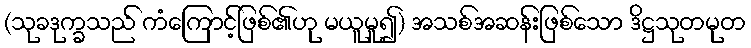
(သုခဒုက္ခသည် ကံကြောင့်ဖြစ်၏ဟု မယူမူ၍) အသစ်အဆန်းဖြစ်သော ဒိဋ္ဌသုတမုတ